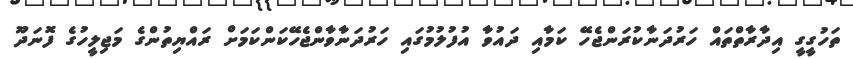
ތަހުގީގީ އިދާރާތްތައް ހަރުދަނާކުރަންޖެހޭ ކަމާއި ދައުވާ އުފުލުމުގައި ހަރުދަނާވާންޖެހޭކަންކަމަށް ރައްޔިތުންގެ މަޖިލީހުގެ ފޮނަދޫ